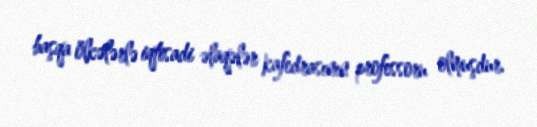
başqa ölkələrlə iqtisadi əlaqələr kafedrasının professoru olmuşdur.